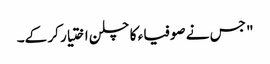
" جس نے صوفیاء کا چلن اختیار کر کے۔